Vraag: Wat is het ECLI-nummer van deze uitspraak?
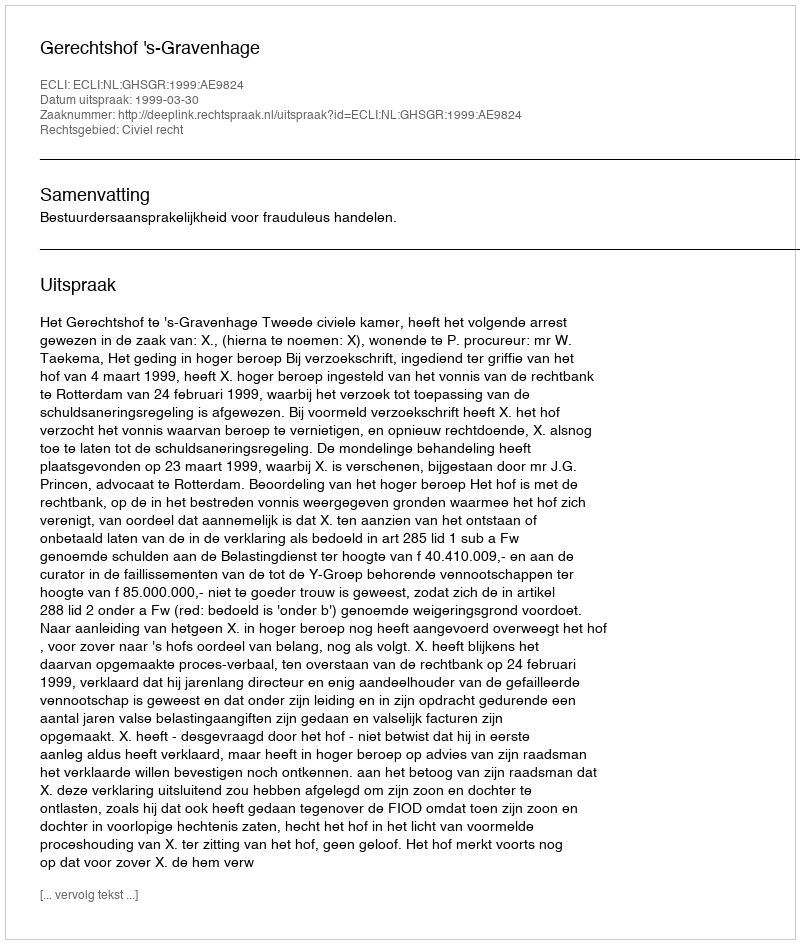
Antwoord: ECLI:NL:GHSGR:1999:AE9824